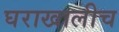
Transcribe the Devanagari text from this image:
घराखालीच